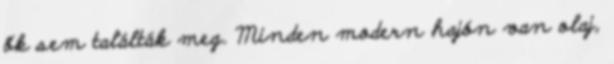
ők sem találták meg. Minden modern hajón van olaj,